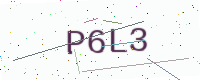
Text: P6L3